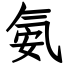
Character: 氨